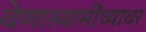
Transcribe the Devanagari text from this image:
वेणास्वामींच्यावर